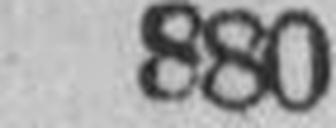
880